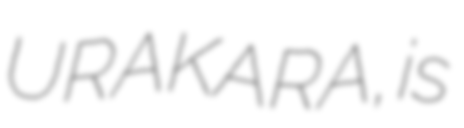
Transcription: URAKARA, is